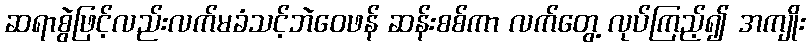
ဆရာစွဲဖြင့်လည်းလက်မခံသင့်ဘဲဝေဖန် ဆန်းစစ်ကာ လက်တွေ့ လုပ်ကြည့်၍ အကျိုး